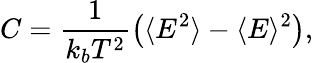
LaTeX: C=\frac{1}{k_{b}T^{2}}\left(\langle E^{2}\rangle-\langle E\rangle^{2}\right),